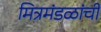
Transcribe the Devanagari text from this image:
मित्रमंडळांची